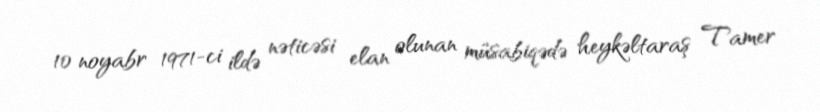
10 noyabr 1971-ci ildə nəticəsi elan olunan müsabiqədə heykəltaraş Tamer